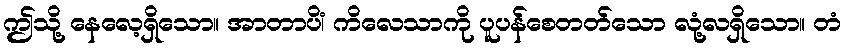
ဤသို့ နေလေ့ရှိသော။ အာတာပိံ၊ ကိလေသာကို ပူပန်စေတတ်သော လုံ့လရှိသော။ တံ